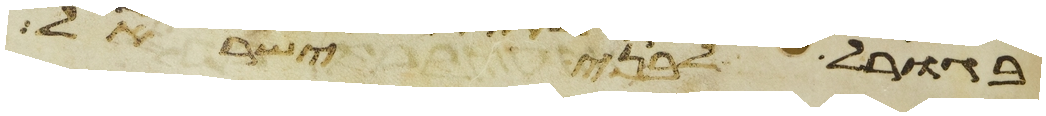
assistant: בגורל לבני ישראל